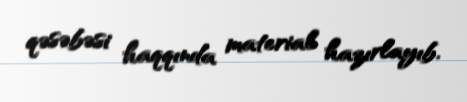
qəsəbəsi haqqında material hazırlayıb.